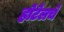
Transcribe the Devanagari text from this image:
होटेलचे